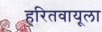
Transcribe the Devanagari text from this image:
हरितवायूला